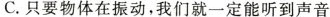
C.只要物体在振动，我们就一定能听到声音